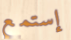
إستمع